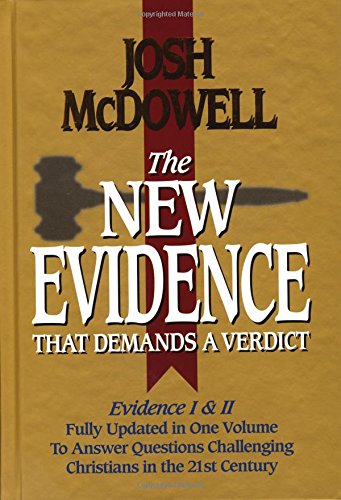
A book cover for The New Evidence That Demands A Verdict: Evidence I & II Fully Updated in One Volume To Answer The Questions Challenging Christians in the 21st Century.; Josh McDowell; Christian Books & Bibles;